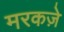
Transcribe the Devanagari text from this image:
मरकज़े